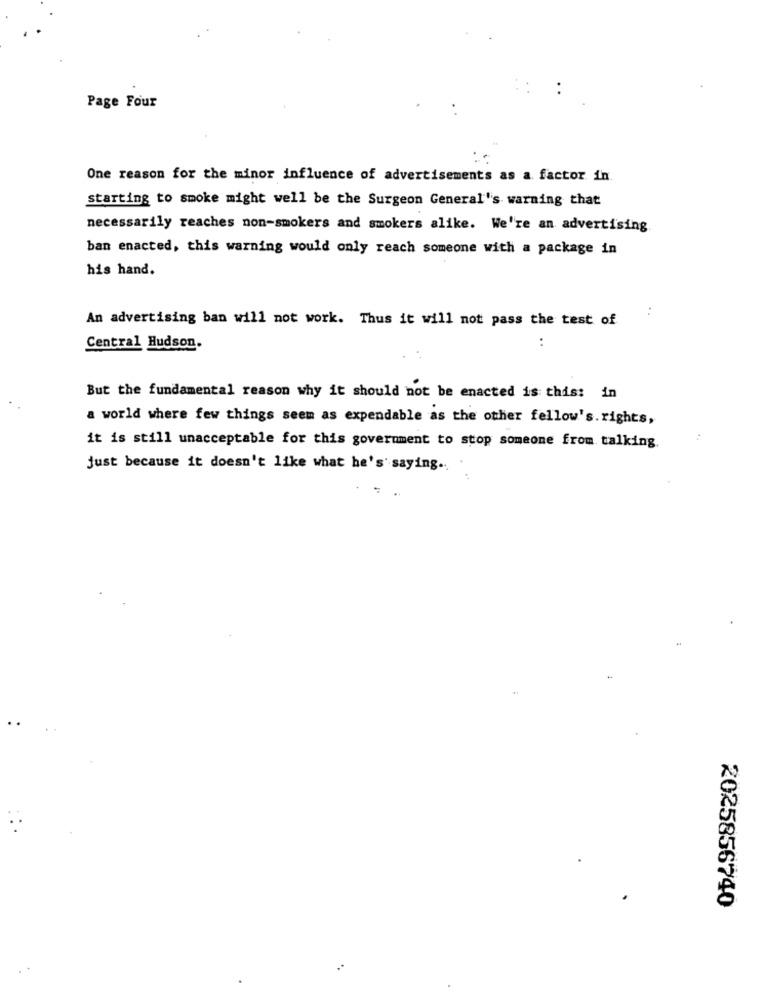
Page Four
One reason for the minor influence of advertisements as a factor in
starting to smoke might well be the Surgeon General's warning that
necessarily reaches non-smokers and smokers alike. We're an advertising
ban enacted, this warning would only reach someone with a package in
his hand.
:
An advertising ban will not work. Thus it will not pass the test of
Central Hudson.
But the fundamental reason why it should not be enacted is this: in
a world where few things seem as expendable as the other fellow's. rights,
it is still unacceptable for this government to stop someone from talking.
just because it doesn't like what he's saying .. .
2025856740